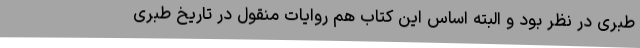
طبری در نظر بود و البته اساس این کتاب هم روایات منقول در تاریخ طبری